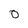
Character: 0